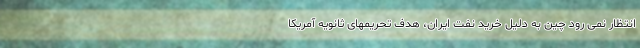
انتظار نمی رود چین به دلیل خرید نفت ایران، هدف تحریمهای ثانویه آمریکا